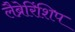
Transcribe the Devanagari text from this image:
लैब्रेरिंशिप